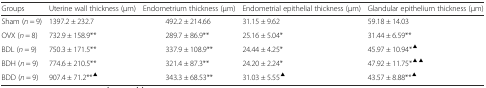
<table><thead><tr><td><b>Groups</b></td><td><b>Uterine wall thickness (μm)</b></td><td><b>Endometrium thickness (μm)</b></td><td><b>Endometrial epithelial thickness (μm)</b></td><td><b>Glandular epithelium thickness (μm)</b></td></tr></thead><tbody><tr><td>Sham (<i>n</i> = 9)</td><td>1397.2 ± 232.7</td><td>492.2 ± 214.66</td><td>31.15 ± 9.62</td><td>59.18 ± 14.03</td></tr><tr><td>OVX (<i>n</i> = 8)</td><td>732.9 ± 158.9**</td><td>289.7 ± 86.9**</td><td>25.16 ± 5.04*</td><td>31.44 ± 6.59**</td></tr><tr><td>BDL (<i>n</i> = 9)</td><td>750.3 ± 171.5**</td><td>337.9 ± 108.9**</td><td>24.44 ± 4.25*</td><td>45.97 ± 10.94*<sup>▲</sup></td></tr><tr><td>BDH (<i>n</i> = 9)</td><td>774.6 ± 210.5**</td><td>321.4 ± 87.3**</td><td>24.20 ± 2.24*</td><td>47.92 ± 11.75*<sup>▲▲</sup></td></tr><tr><td>BDD (<i>n</i> = 9)</td><td>907.4 ± 71.2**<sup>▲</sup></td><td>343.3 ± 68.53**</td><td>31.03 ± 5.55<sup>▲</sup></td><td>43.57 ± 8.88**<sup>▲</sup></td></tr></tbody></table>